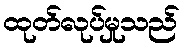
ထုတ်လုပ်မှုသည်